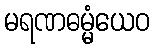
မရဏဓမ္မံယေဝ